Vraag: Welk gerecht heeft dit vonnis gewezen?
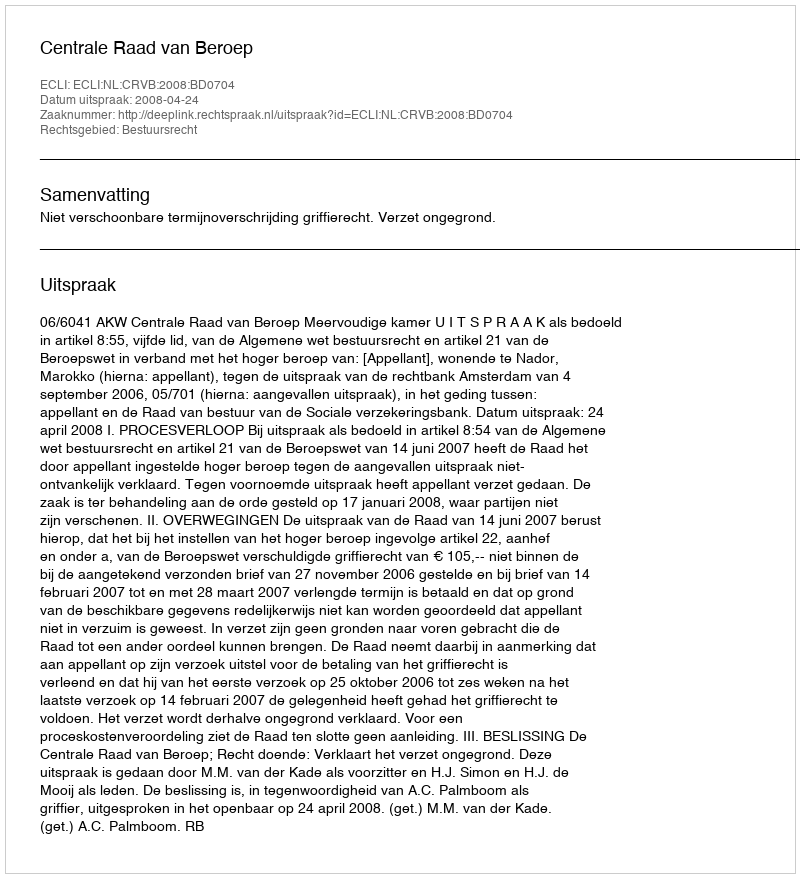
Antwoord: Centrale Raad van Beroep